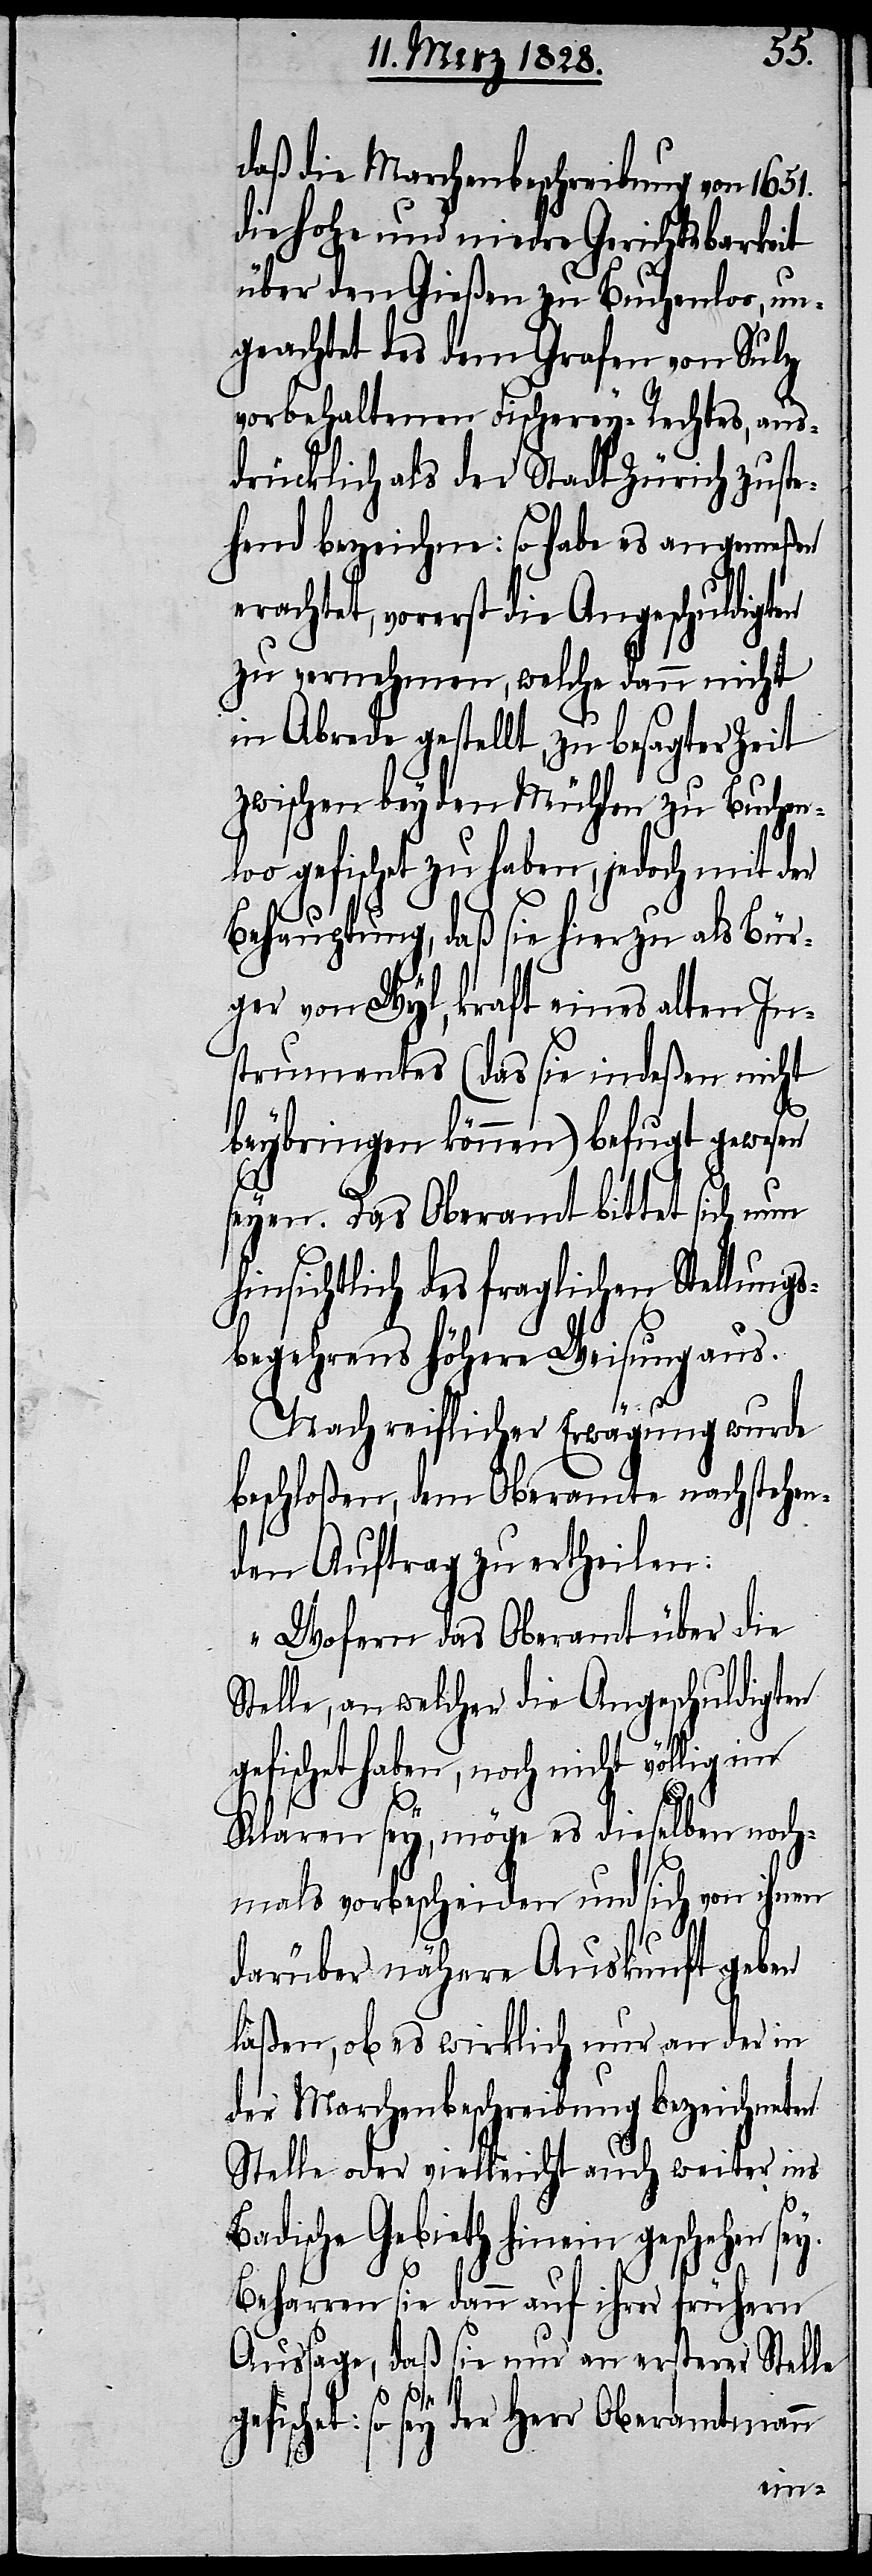
daß die Marchenbeschreibung von 1651.
die hohe und niedre Gerichtsbarkeit
über den Gießen zu Buchenloo, un¬
geachtet des dem Grafen von Sulz
vorbehaltenen Fischerey-Rechtes, aus¬
drücklich als der Stadt Zürich zuste¬
hend bezeichne: so habe es angemeßen
erachtet, vorerst die Angeschuldigten
zu vernehmen, welche dann nicht
in Abrede gestellt, zu besagter Zeit
zwischen beyden Mühlen zu Buchenlo¬
o gefischt zu haben, jedoch mit d¬
Behauptung, daß sie hierzu als Bür¬
ger von Wyl, kraft eines alten In¬
strumentes (das sie indeßen nicht
beybringen können) befugt gewesen
seyen. Das Oberamt bittet sich nun
hinsichtlich des fraglichen Stellungs¬
begehrens höhere Weisung aus.
Nach reiflicher Erwägung wurde
beschloßen, dem Oberamte nachstehen¬
den Auftrag zu ertheilen:
„Wofern das Oberamt über die
Stelle, an welcher die Angeschuldigten
gefischet haben, noch nicht völlig
Klaren sey, möge es dieselben noch¬
mals vorbescheiden und sich von ihnen
darüber nähere Auskunft geben
laßen, ob es wirklich nur an der in
der Marchenbeschreibung bezeichneten
Stelle oder vielleicht auch weiter ins
Badische Gebieth hinein geschehen sey.
Beharren sie dann auf ihrer frühern
Aussage, daß sie nur an ersterer Stelle
er
gefischet: so sey der Herr Oberamtmann